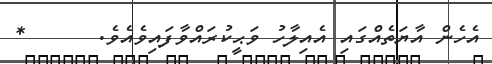
އެހެން އާޔަތެއްގައި އެއިލާހު ވަޙީކުރައްވާފައިވެއެވެ.      *